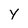
Character: y